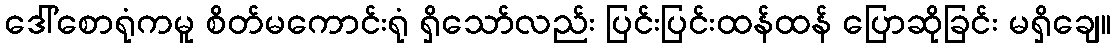
ဒေါ်စောရုံကမူ စိတ်မကောင်းရုံ ရှိသော်လည်း ပြင်းပြင်းထန်ထန် ပြောဆိုခြင်း မရှိချေ။